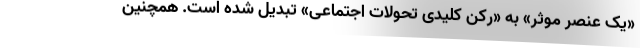
«یک عنصر موثر» به «رکن کلیدی تحولات اجتماعی» تبدیل شده است. همچنین